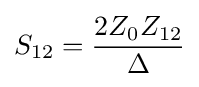
S_{12}={2Z_{0}Z_{12} \over \Delta }